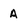
Character: A